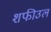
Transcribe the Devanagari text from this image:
शफीउल